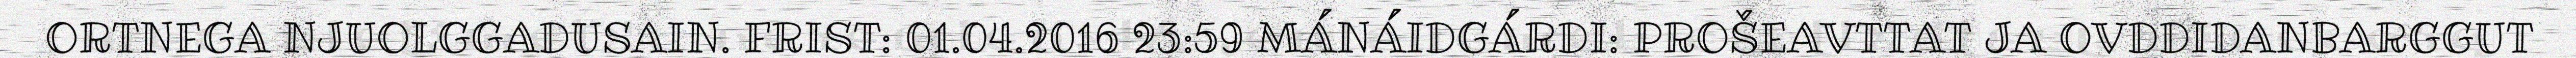
ORTNEGA NJUOLGGADUSAIN. FRIST: 01.04.2016 23:59 MÁNÁIDGÁRDI: PROŠEAVTTAT JA OVDDIDANBARGGUT